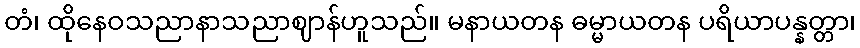
တံ၊ ထိုနေဝသညာနာသညာဈာန်ဟူသည်။ မနာယတန ဓမ္မာယတန ပရိယာပန္နတ္တာ၊